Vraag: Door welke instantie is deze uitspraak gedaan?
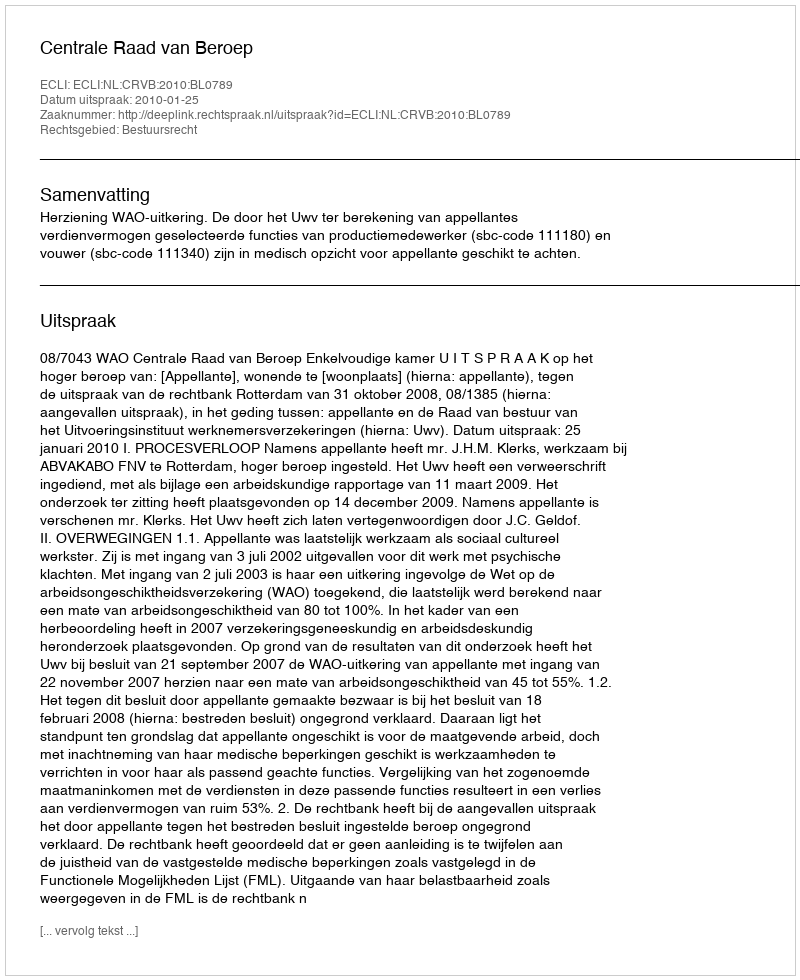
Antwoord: Centrale Raad van Beroep